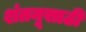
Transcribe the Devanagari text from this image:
शंतनूसाठी